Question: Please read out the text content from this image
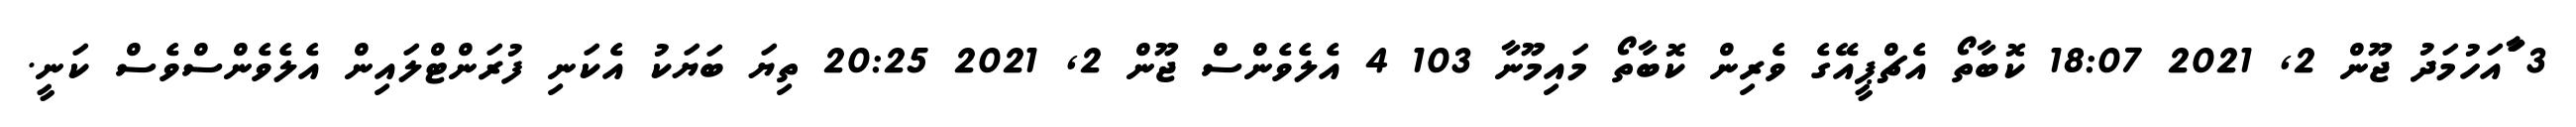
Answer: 3 ާައަހުމަދު ޖޫން 2, 2021 18:07 ކޮބާތޯ އެޗްޕީއޭގެ ވެރިން ކޮބާތޯ މައިމޫނާ 103 4 އެލެވެންސް ޖޫން 2, 2021 20:25 ތިޔަ ބަޔަކު އެކަނި ފުރަންޓްލައިން އެލެވެންސްވެސް ކަނީ.